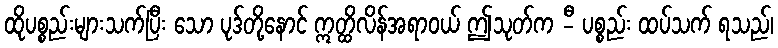
ထိုပစ္စည်းများသက်ပြီး သော ပုဒ်တို့နောင် ဣတ္ထိလိန်အရာဝယ် ဤသုတ်က -ီ ပစ္စည်း ထပ်သက် ရသည်၊